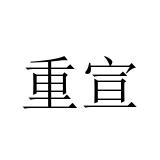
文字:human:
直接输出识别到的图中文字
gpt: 重宣